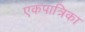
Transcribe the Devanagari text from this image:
एकपात्रिका